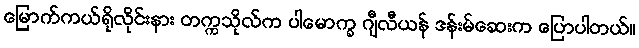
မြောက်ကယ်ရိုလိုင်းနား တက္ကသိုလ်က ပါမောက္ခ ဂျီလီယန် ဒန်းမ်ဆေးက ပြောပါတယ်။